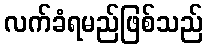
လက်ခံရမည်ဖြစ်သည်